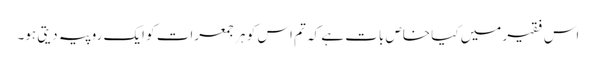
اس فقیر میں کیا خاص بات ہے کہ تم اس کو ہر جمعرات کو ایک روپیہ دیتی ہو۔